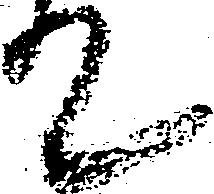
て